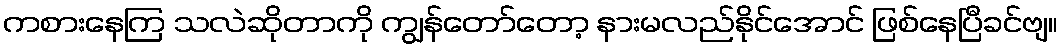
ကစားနေကြ သလဲဆိုတာကို ကျွန်တော်တော့ နားမလည်နိုင်အောင် ဖြစ်နေပြီခင်ဗျ။